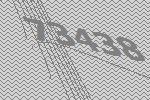
73438